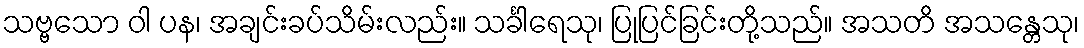
သဗ္ဗသော ဝါ ပန၊ အချင်းခပ်သိမ်းလည်း။ သင်္ခါရေသု၊ ပြုပြင်ခြင်းတို့သည်။ အသတိ အသန္တေသု၊